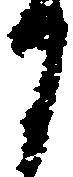
に